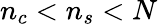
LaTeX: n_{c}<n_{s}<N